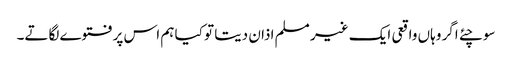
سوچئے اگر وہاں واقعی ایک غیر مسلم اذان دیتا تو کیا ہم اس پرفتوے لگاتے۔